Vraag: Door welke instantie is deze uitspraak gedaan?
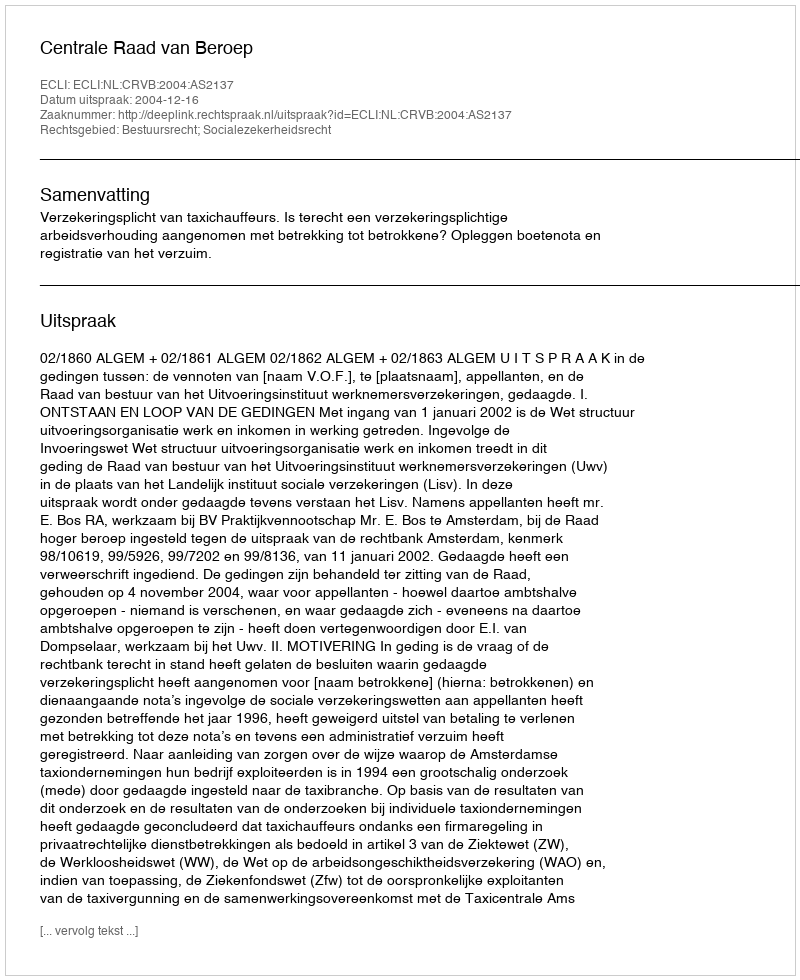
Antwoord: Centrale Raad van Beroep